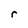
Character: r